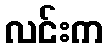
လင်းက